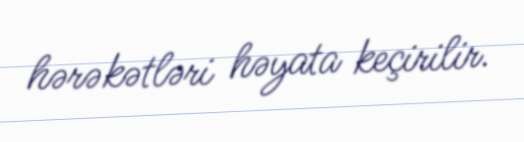
hərəkətləri həyata keçirilir.